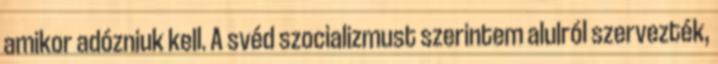
amikor adózniuk kell. A svéd szocializmust szerintem alulról szervezték,